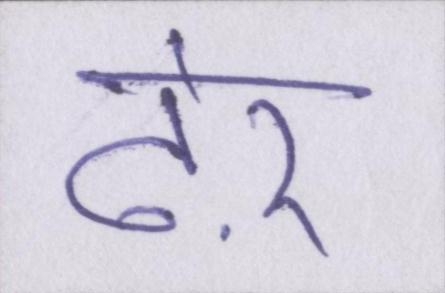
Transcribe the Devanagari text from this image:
ढ़ेर